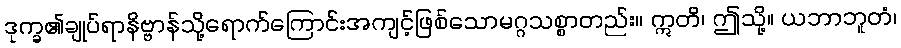
ဒုက္ခ၏ချုပ်ရာနိဗ္ဗာန်သို့ရောက်ကြောင်းအကျင့်ဖြစ်သောမဂ္ဂသစ္စာတည်း။ ဣတိ၊ ဤသို့။ ယဘာဘူတံ၊